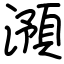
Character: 澦